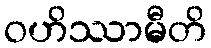
ဝဟိဿာမီတိ